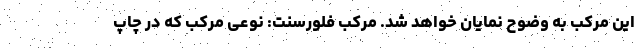
این مرکب به وضوح نمایان خواهد شد. مرکب فلورسنت: نوعی مرکب که در چاپ